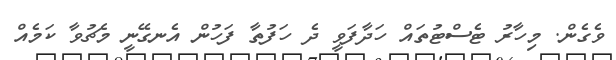
ވެގެން. މިހާރު ޓެސްޓުތައް ހަދާފަވީ ދެ ހަފުތާ ފަހުން އެނގޭނީ މެޗުވާ ކަމެއް